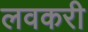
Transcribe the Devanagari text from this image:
लवकरी